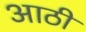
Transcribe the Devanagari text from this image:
आठी